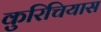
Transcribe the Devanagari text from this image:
कुरिचियास